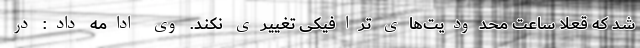
شد که قعلا ساعت محدودیت‌های ترافیکی تغییری نکند. وی ادامه داد: در